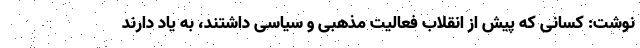
نوشت: کسانی که پیش از انقلاب فعالیت مذهبی و سیاسی داشتند، به یاد دارند